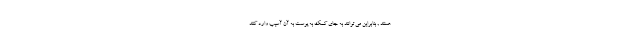
هستند , بنابراین می توانند به جای کمک به پوست به آن آسیب وارد کنند